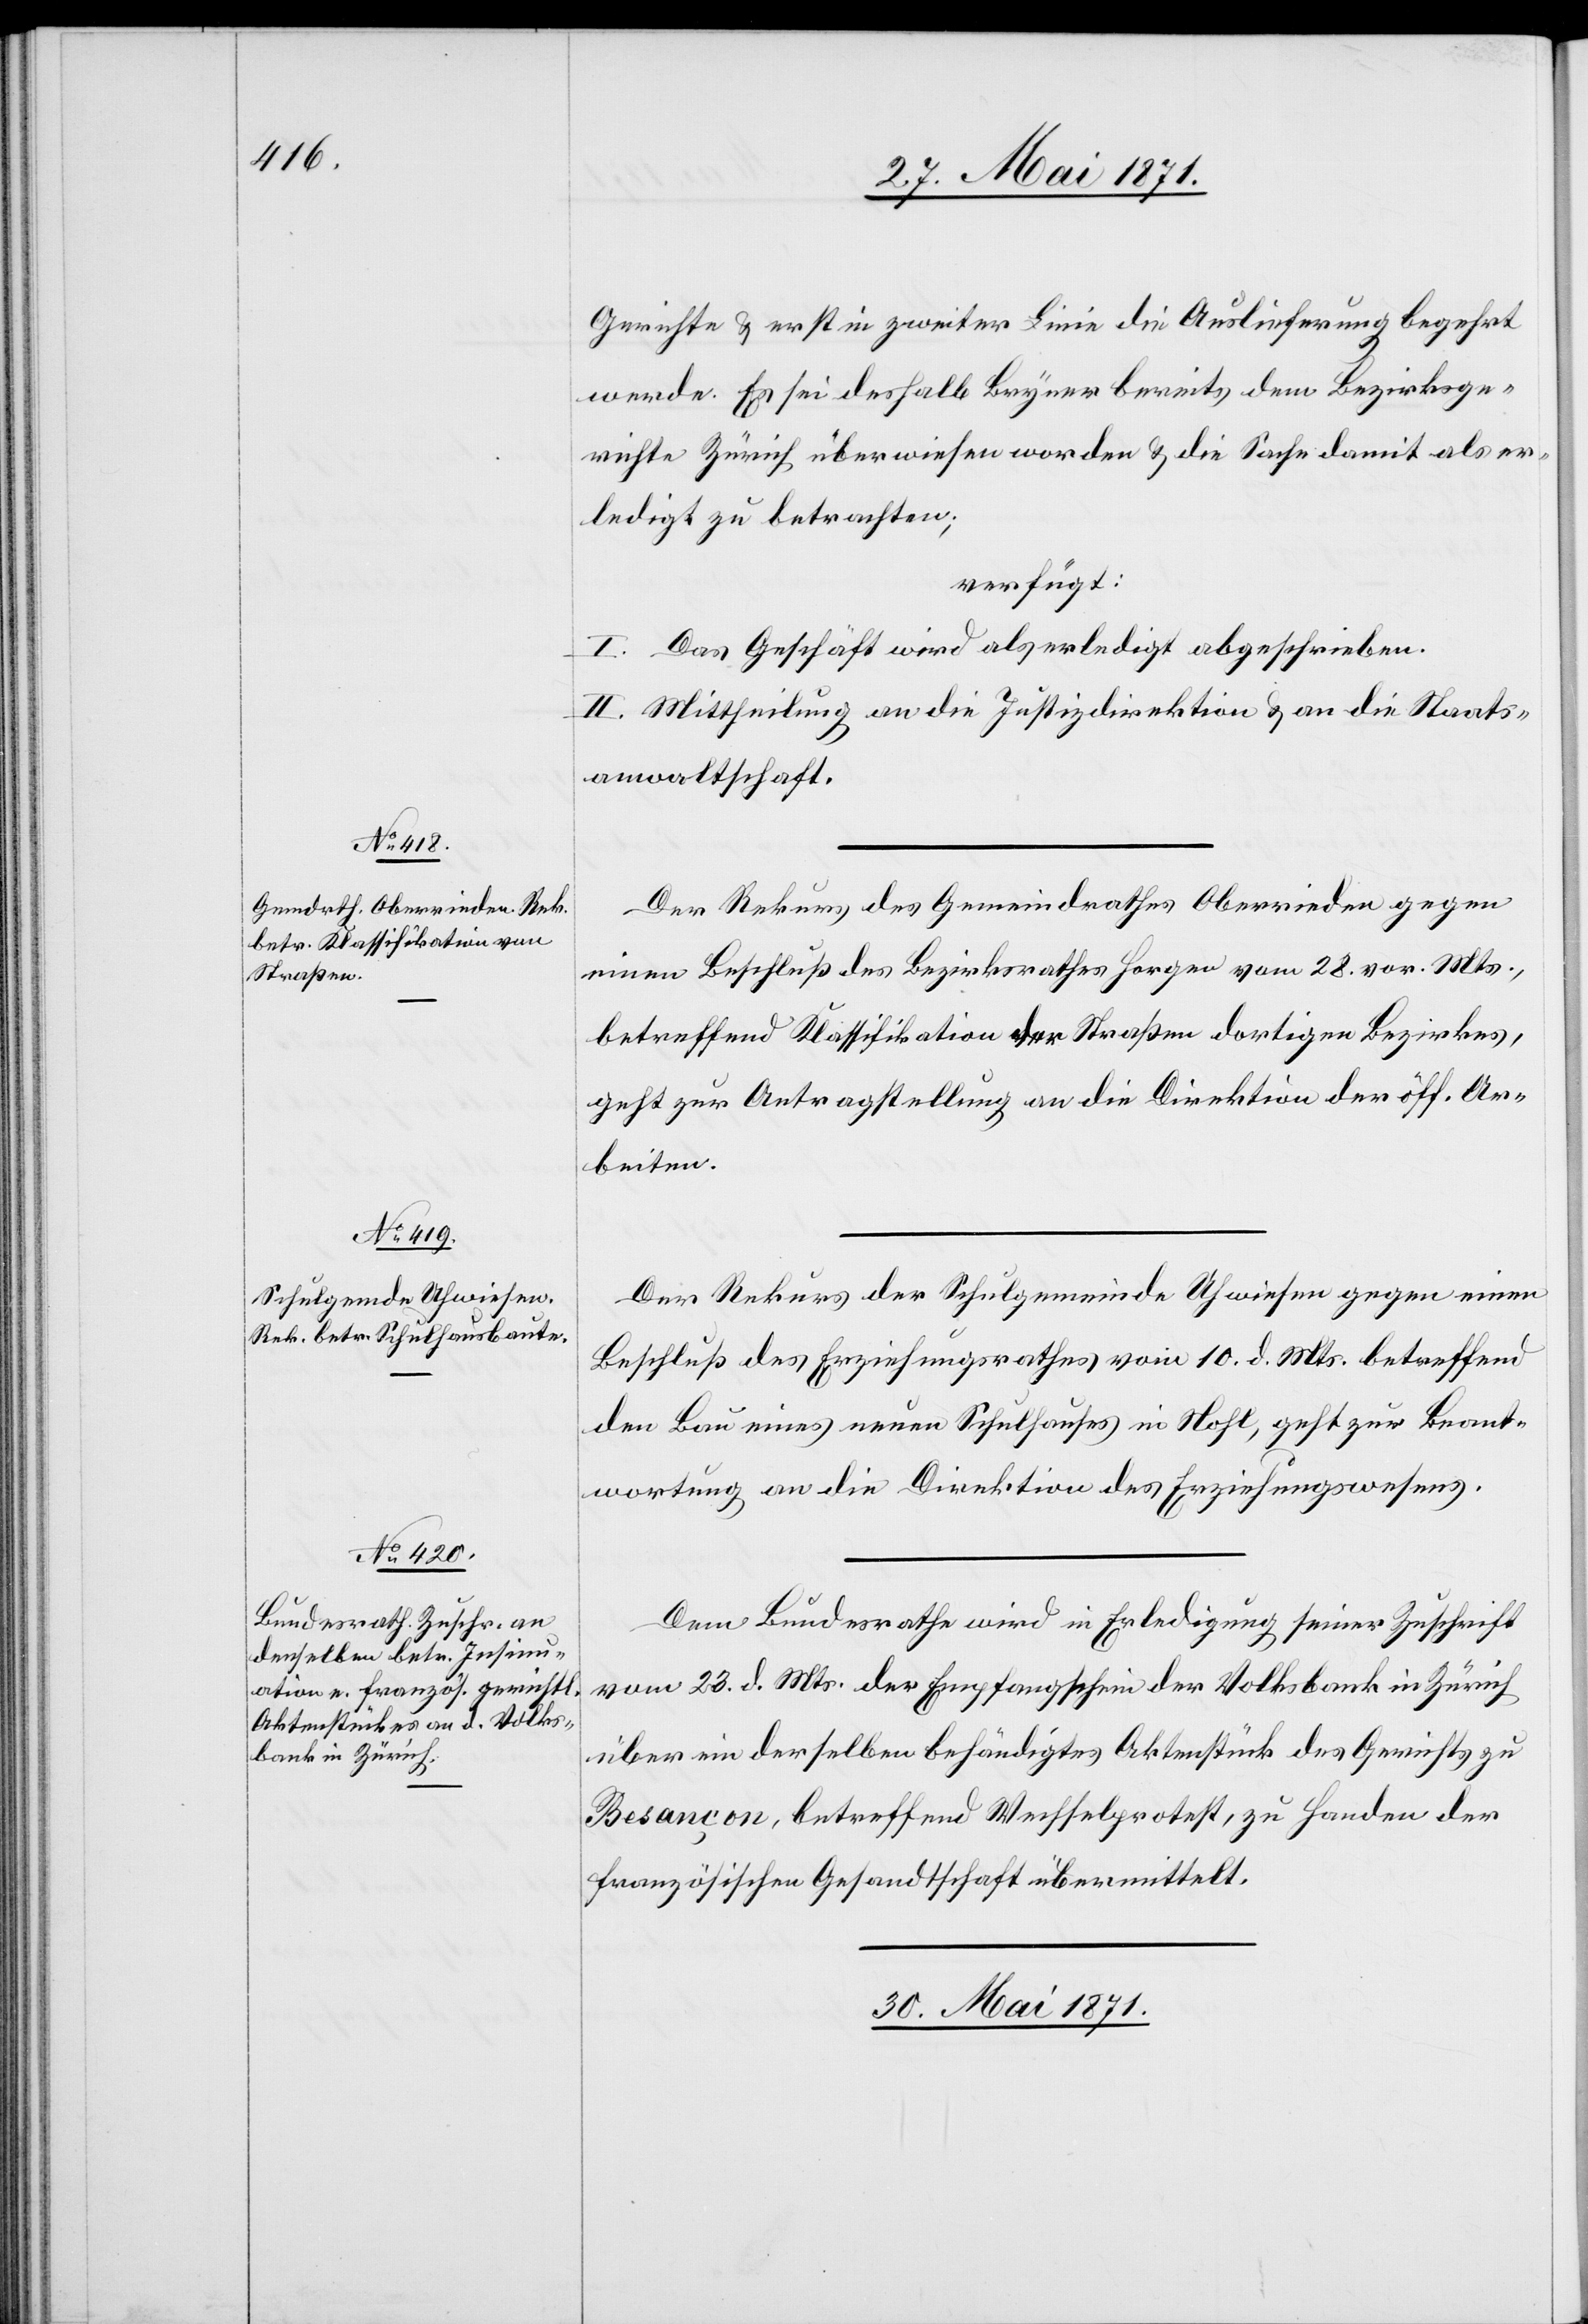
27. Mai 1871.]
Gerichte u. erst in zweiter Linie die Auslieferung begehrt
werde. Es sei deshalb Bryner bereits dem Bezirksge¬
richte Zürich überwiesen worden u. die Sache damit als er¬
ledigt zu betrachten;
verfügt:
I. Das Geschäft wird als erledigt abgeschrieben.
II. Mittheilung an die Justizdirektion u. an die Staats¬
anwaltschaft.
Der Rekurs des Gemeindrathes Oberrieden gegen
einen Beschluß des Bezirksrathes Horgen vom 28. vor. Mts.,
betreffend Klassifikation der Straße dortigen Bezirkes,
geht zur Antragstellung an die Direktion der öff. Ar¬
beiten.
Der Rekurs der Schulgemeinde Uhwiesen gegen einen
Beschluß des Erziehungsrathes vom 10. d. Mts. betreffend
den Bau eines neuen Schulhauses in Nohl, geht zur Beant¬
wortung an die Direktion des Erziehungswesens.
Dem Bundesrath wird in Erledigung seiner Zuschrift
vom 23. d. Mts. der Empfangschein der Volksbank in Zürich
über ein derselben behändigtes Aktenstück des Gerichts zu
Besançon, betreffend Wechselprotest, zu Handen der
französischen Gesandtschaft übermittelt.